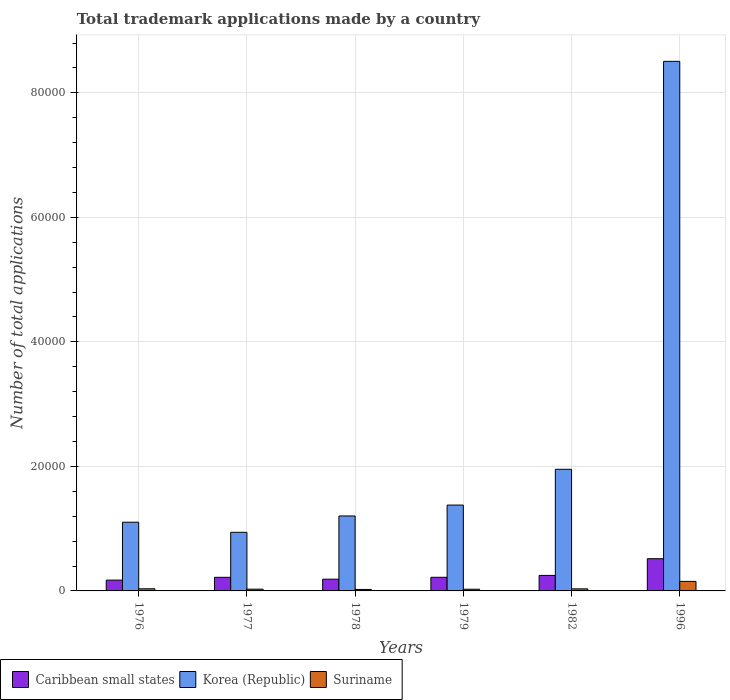
| Years | Caribbean small states | Korea (Republic) | Suriname |
 | --- | --- | --- | --- |
 | 1976 | 1.74e+03 | 1.1e+04 | 343 |
 | 1977 | 2.18e+03 | 9.42e+03 | 281 |
 | 1978 | 1.88e+03 | 1.2e+04 | 236 |
 | 1979 | 2.19e+03 | 1.38e+04 | 271 |
 | 1982 | 2.49e+03 | 1.95e+04 | 331 |
 | 1996 | 5.17e+03 | 8.51e+04 | 1.53e+03 |